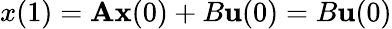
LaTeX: x(1)=\mathbf{A}{\textbf{{x}}}(0)+B{\textbf{{u}}}(0)=B{\textbf{{u}}}(0)